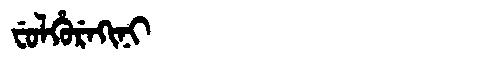
Manchu: ᠸᡠᠯᡥᡠᡵᡝᡴᡳᠨᡳ
Romanization: FULHUREKINI